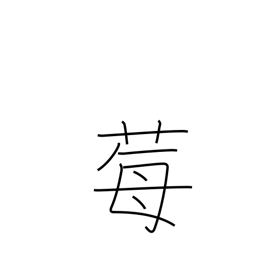
Meaning: wild strawberry